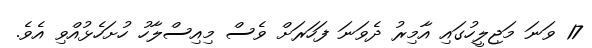
17 ވަަނަ މަޖިލީހުގައި އާމިރު ދެވަނަ ފަހަރަށް ވެސް މިއިސްލާހު ހުށަހެޅުއްވި އެވެ.